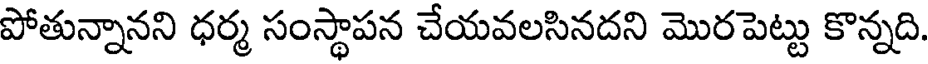
పోతున్నానని ధర్మ సంస్థాపన చేయవలసినదని మొరపెట్టు కొన్నది.